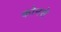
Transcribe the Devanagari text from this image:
कोनसे